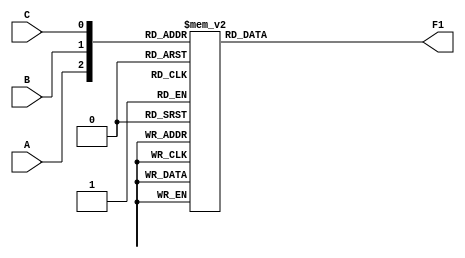
`timescale 1ns / 1ps
//////////////////////////////////////////////////////////////////////////////////
// Company: 
// Engineer: 
// 
// Design Name: 
// Module Name: circuit1
// Project Name: 
// Target Devices: 
// Tool Versions: 
// Description: 
// 
// Dependencies: 
// 
// Revision:
// Revision 0.01 - File Created
// Additional Comments:
// 
//////////////////////////////////////////////////////////////////////////////////

module circuit1(
    input A,
    input B,
    input C,
    output reg F1
    );
    always@(A, B, C) begin
        case({A, B, C})
            3'b000: F1 = 1'b0;
            3'b001: F1 = 1'b1;
            3'b010: F1 = 1'b0;
            3'b011: F1 = 1'b1;
            3'b100: F1 = 1'b1;
            3'b101: F1 = 1'b0;
            3'b110: F1 = 1'b1;
            3'b111: F1 = 1'b1;
        endcase
        end
endmodule